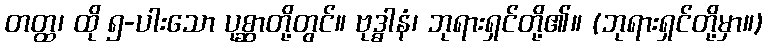
တတ္ထ၊ ထို ၅-ပါးသော ပုစ္ဆာတို့တွင်။ ဗုဒ္ဓါနံ၊ ဘုရားရှင်တို့၏။ (ဘုရားရှင်တို့မှာ။)